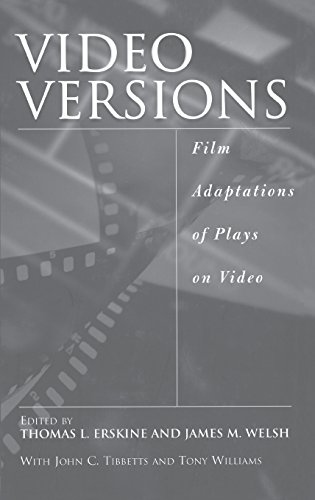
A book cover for Video Versions: Film Adaptations of Plays on Video; Thomas L. Erskine; Humor & Entertainment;